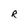
Character: R